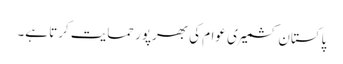
پاکستان کشمیری عوام کی بھرپور حمایت کرتا ہے۔